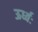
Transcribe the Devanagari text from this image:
ऊर्ध्वः